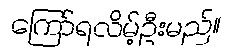
ကြော်ရလိမ့်ဦးမည်။